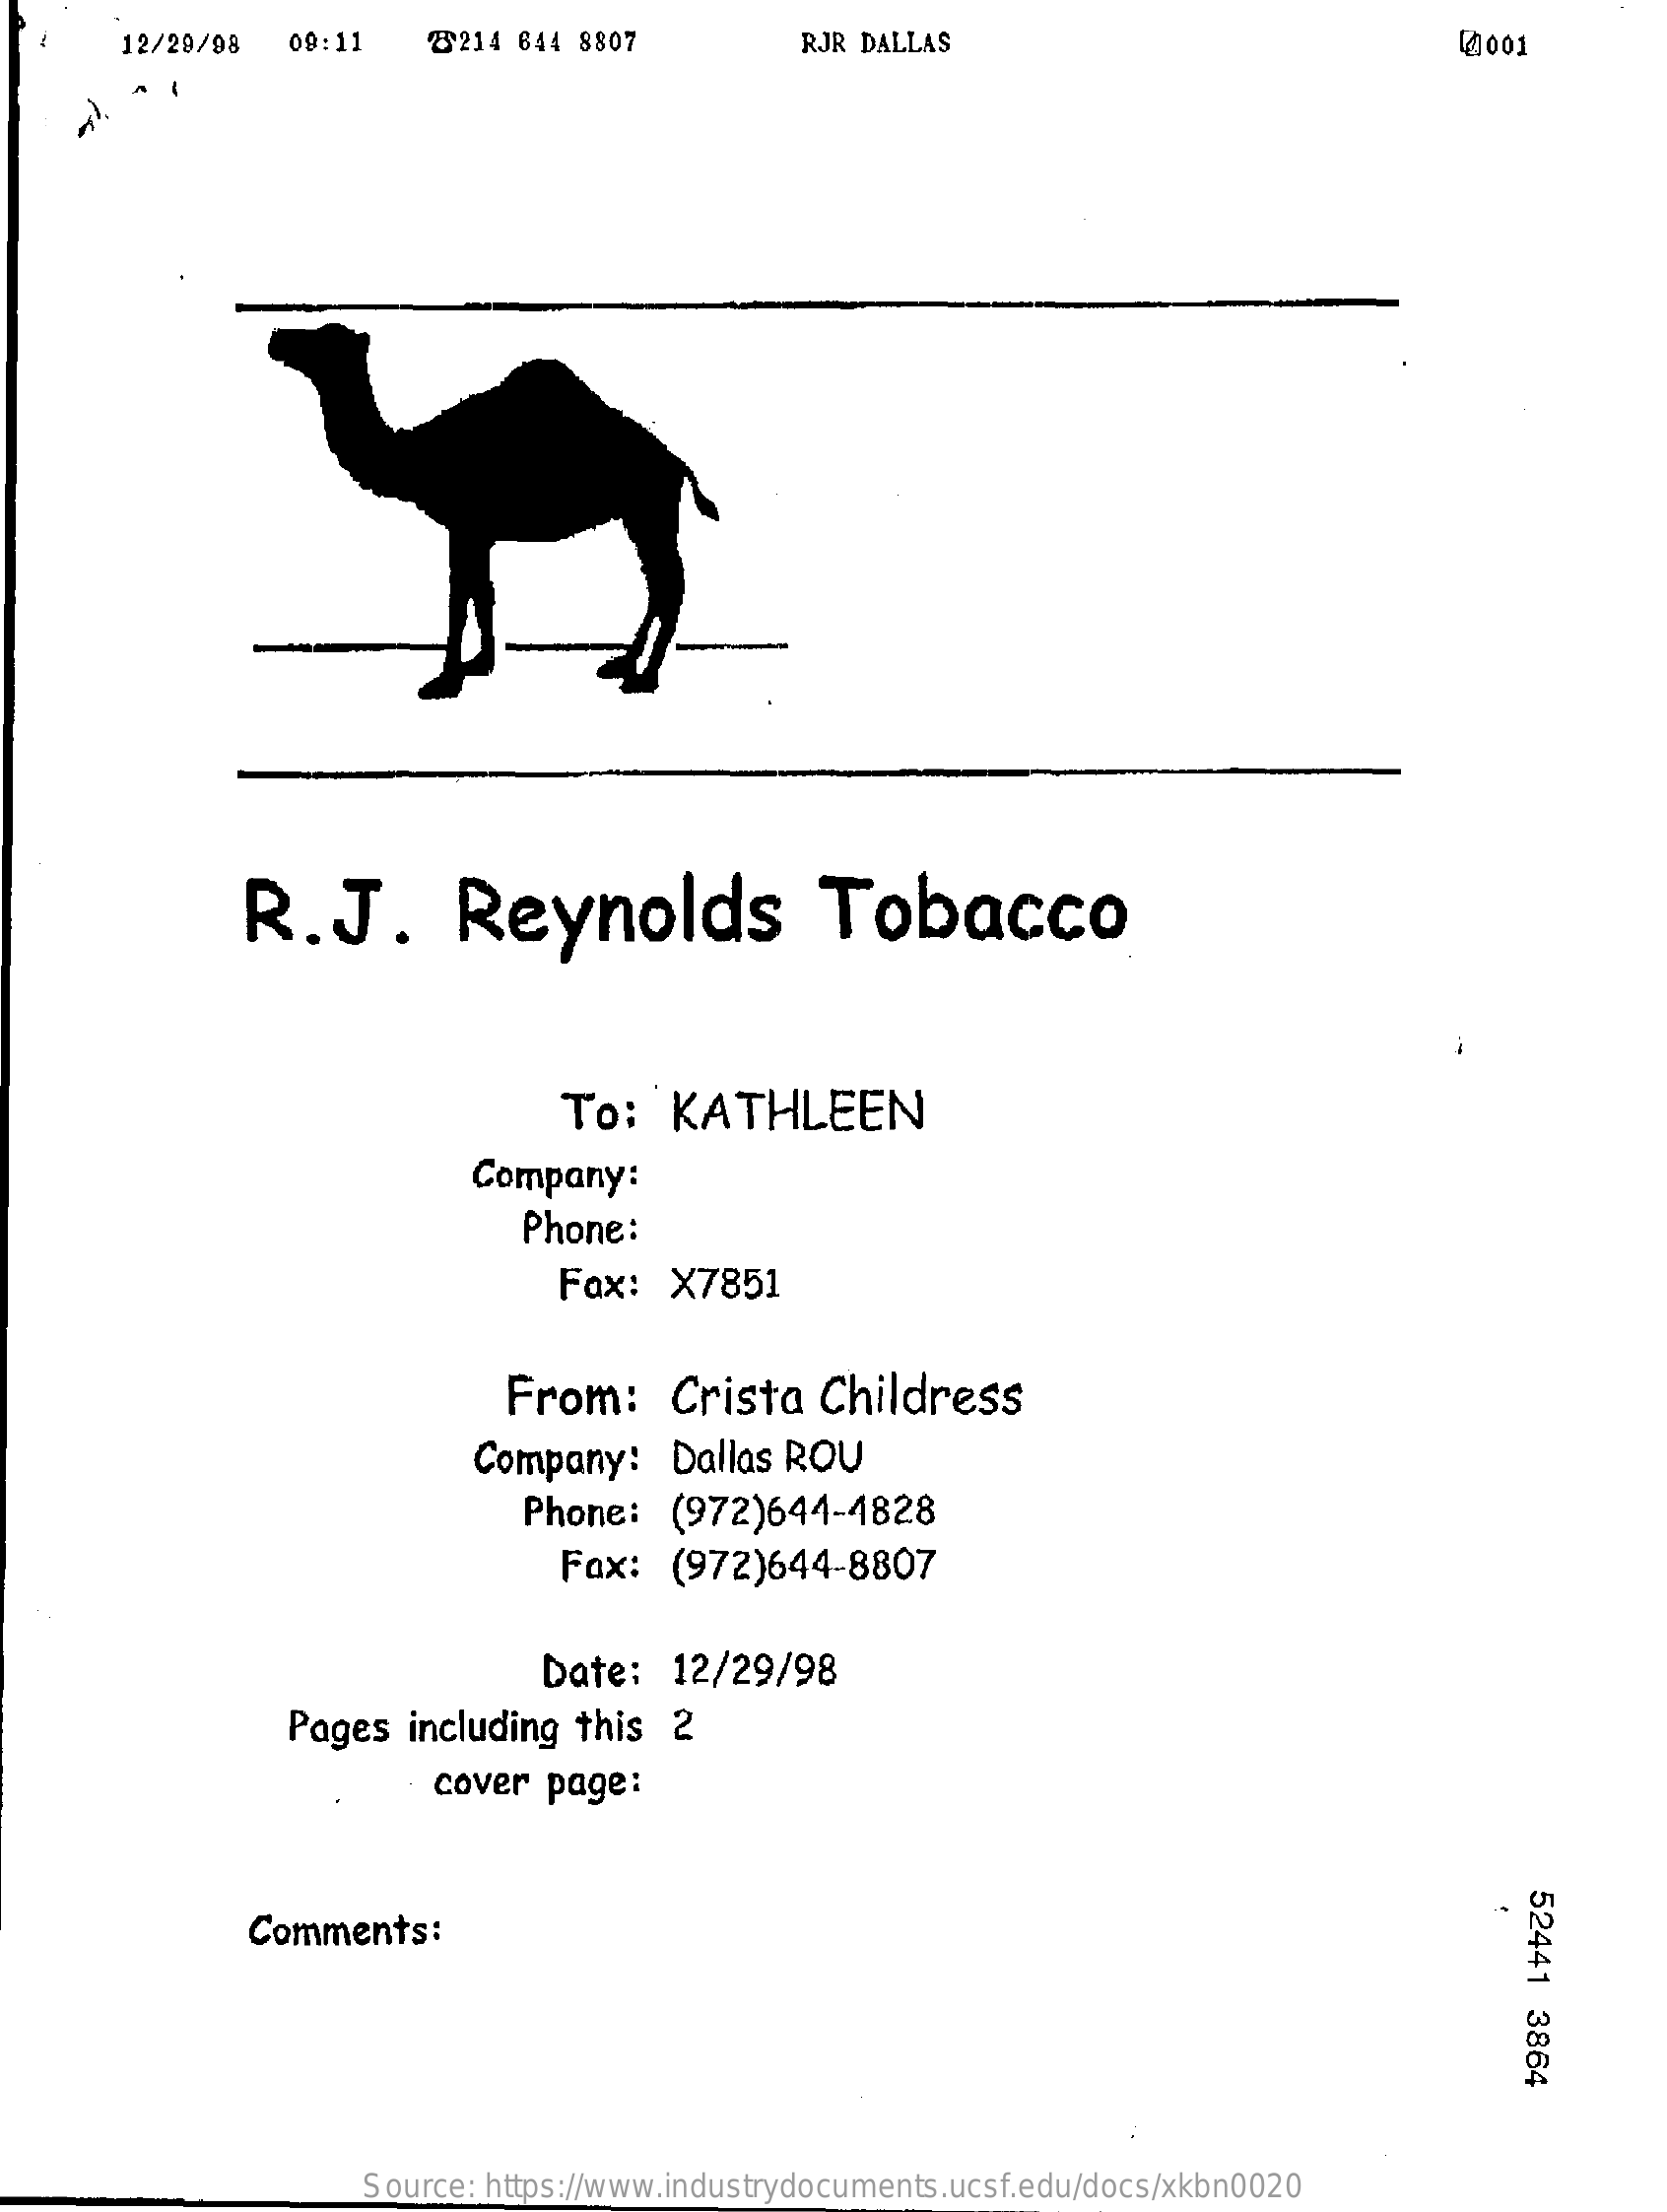
12/29/98   09:11   2214  644 8807    RJR DALLAS    41001
     R.J.    Reynolds    Tobacco
     To:   KATHLEEN
     Company:
     Phone:
     Fax:   X7851
     From:    Crista   Childress
     Company:    Dallas ROU
     Phone:   (972)644-4828
     Fax:  (972)644-8807
     Date:   12/29/98
     Pages   including this  2
     cover page:
     52441
     3864
     Comments:
     Source: https://www.industrydocuments.ucsf.edu/docs/xkbn0020